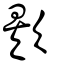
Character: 欸